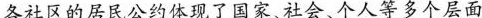
各社区的居民公约体现了国家、社会、个人等多个层面